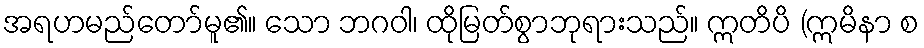
အရဟမည်တော်မူ၏။ သော ဘဂဝါ၊ ထိုမြတ်စွာဘုရားသည်။ ဣတိပိ (ဣမိနာ စ